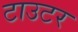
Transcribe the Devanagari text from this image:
टाउटर